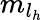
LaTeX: {m}_{l_{h}}